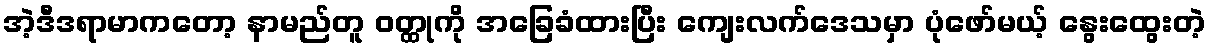
အဲ့ဒီဒရာမာကတော့ နာမည်တူ ဝတ္ထုကို အခြေခံထားပြီး ကျေးလက်ဒေသမှာ ပုံဖော်မယ့် နွေးထွေးတဲ့